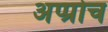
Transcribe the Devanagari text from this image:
अप्प्रोच